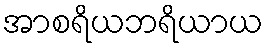
အာစရိယဘရိယာယ